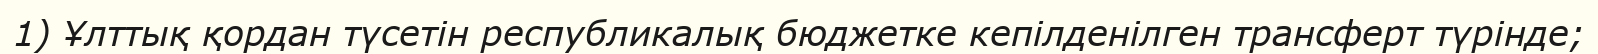
1) Ұлттық қордан түсетін республикалық бюджетке кепілденілген трансферт түрінде;